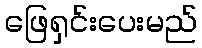
ဖြေရှင်းပေးမည်